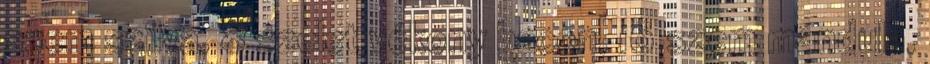
szem szilva, 8 szelet vékony bacon, 16 szem mandula,